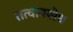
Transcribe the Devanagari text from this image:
तत्वावबोध